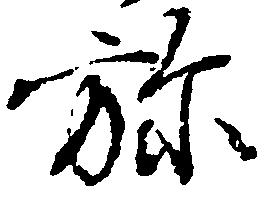
弥